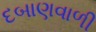
દબાણવાળી